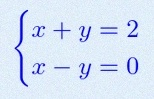
\begin{cases}x+y=2\\x-y=0\end{cases}